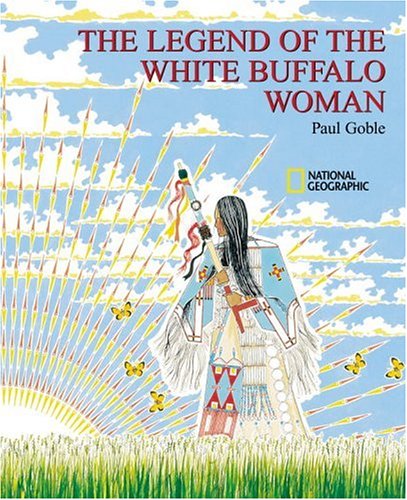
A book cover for The Legend Of the White Buffalo Woman; Paul Goble; Children's Books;